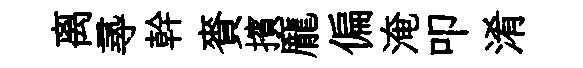
离𡬶幹賚擯龐偏淹叩淆